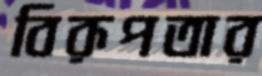
বিরূপতার